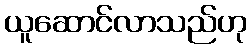
ယူဆောင်လာသည်ဟု